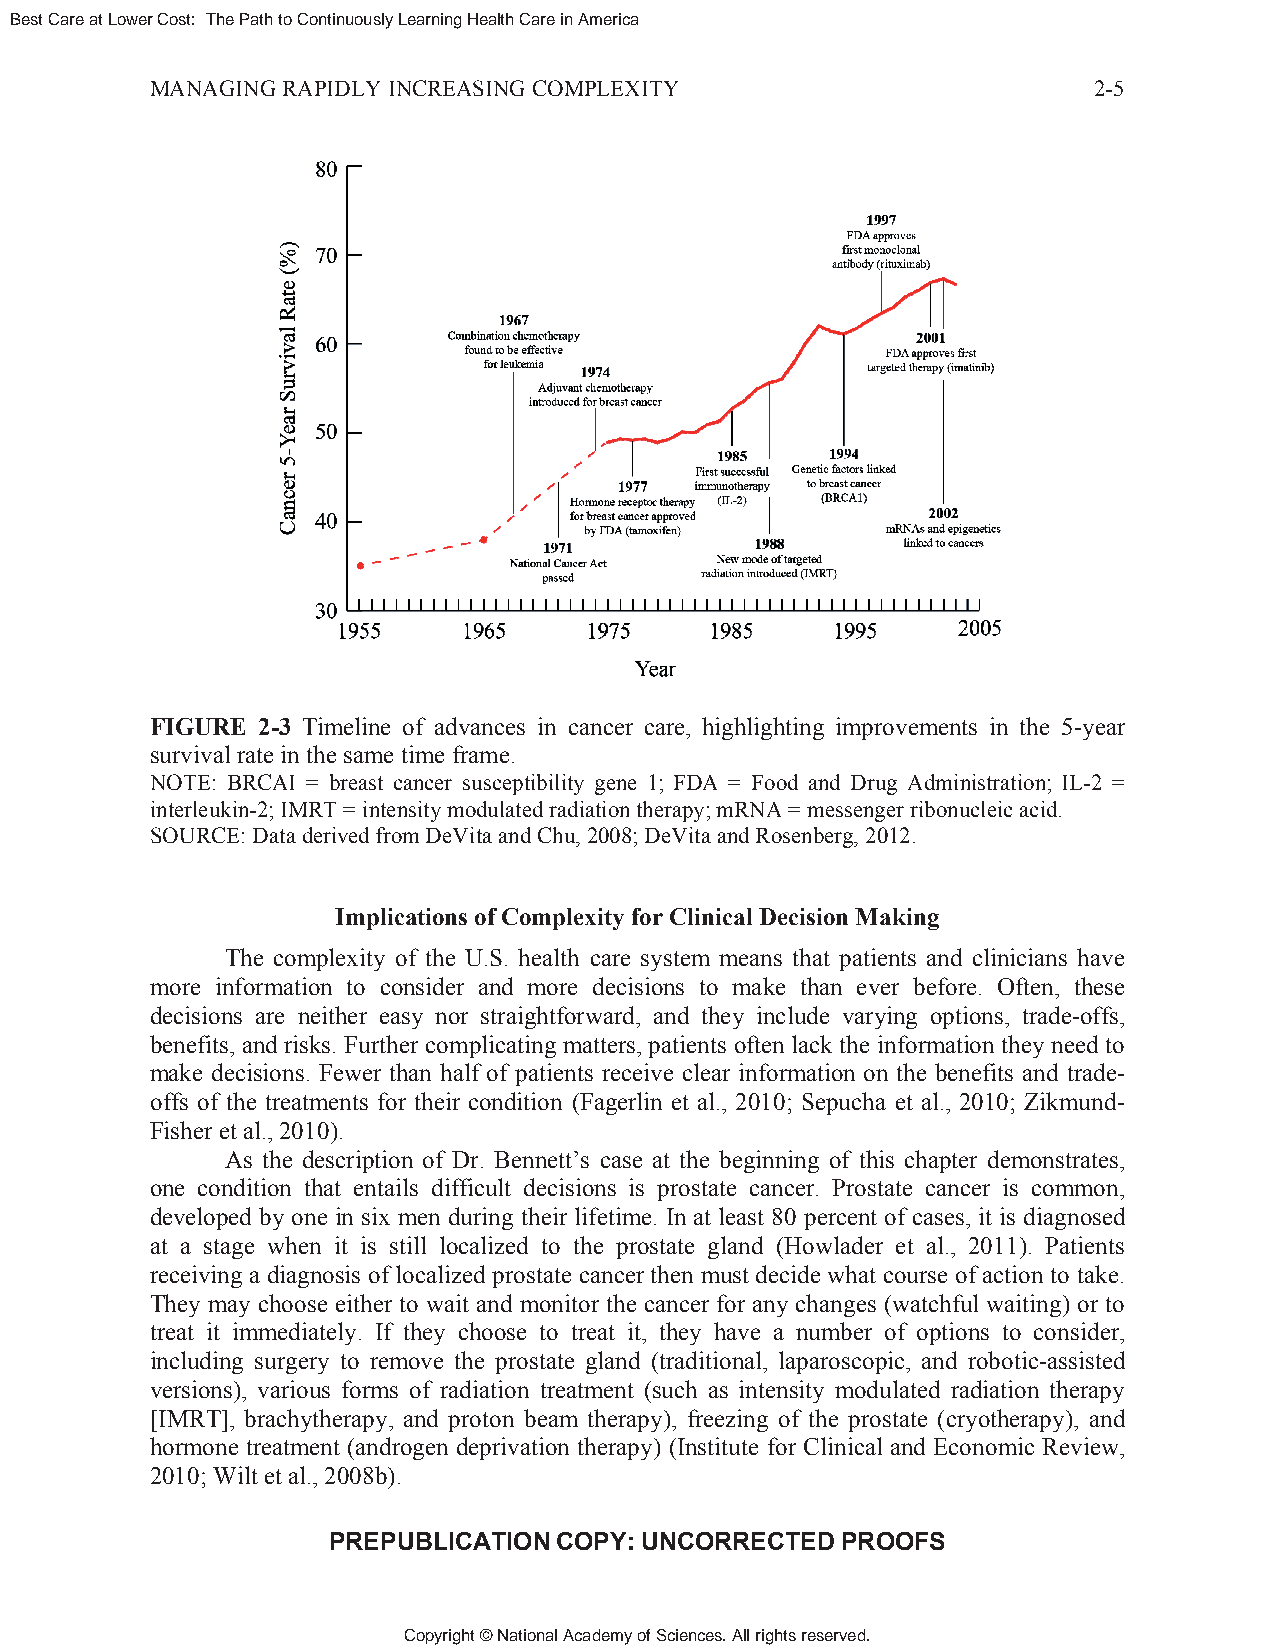
Best Care at Lower Cost: The Path to Continuously Learning Health Care in America
 MANAGING RAPIDLY INCREASING COMPLEXITY                        2-5
 FIGURE 2-3 Timeline of advances in cancer care, highlighting improvements in the 5-year
 survival rate in the same time frame.
 NOTE: BRCAI = breast cancer susceptibility gene 1; FDA = Food and Drug Administration; IL-2 =
 interleukin-2; IMRT = intensity modulated radiation therapy; mRNA = messenger ribonucleic acid.
 SOURCE: Data derived from DeVita and Chu, 2008; DeVita and Rosenberg, 2012.
 Implications of Complexity for Clinical Decision Making
 The complexity of the U.S. health care system means that patients and clinicians have
 more information to consider and more decisions to make than ever before. Often, these
 decisions are neither easy nor straightforward, and they include varying options, trade-offs,
 benefits, and risks. Further complicating matters, patients often lack the information they need to
 make decisions. Fewer than half of patients receive clear information on the benefits and trade-
 offs of the treatments for their condition (Fagerlin et al., 2010; Sepucha et al., 2010; Zikmund-
 Fisher et al., 2010).
 As the description of Dr. Bennett’s case at the beginning of this chapter demonstrates,
 one condition that entails difficult decisions is prostate cancer. Prostate cancer is common,
 developed by one in six men during their lifetime. In at least 80 percent of cases, it is diagnosed
 at a stage when it is still localized to the prostate gland (Howlader et al., 2011). Patients
 receiving a diagnosis of localized prostate cancer then must decide what course of action to take.
 They may choose either to wait and monitor the cancer for any changes (watchful waiting) or to
 treat it immediately. If they choose to treat it, they have a number of options to consider,
 including surgery to remove the prostate gland (traditional, laparoscopic, and robotic-assisted
 versions), various forms of radiation treatment (such as intensity modulated radiation therapy
 [IMRT], brachytherapy, and proton beam therapy), freezing of the prostate (cryotherapy), and
 hormone treatment (androgen deprivation therapy) (Institute for Clinical and Economic Review,
 2010; Wilt et al., 2008b).
 PREPUBLICATION COPY: UNCORRECTED  PROOFS
 Copyright © National Academy of Sciences. All rights reserved.